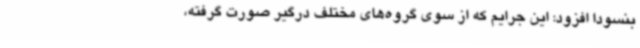
بنسودا افزود: این جرایم که از سوی گروه‌های مختلف درگیر صورت گرفته،